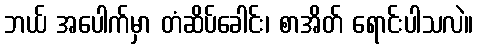
ဘယ် အပေါက်မှာ တံဆိပ်ခေါင်း၊ စာအိတ် ရောင်းပါသလဲ။